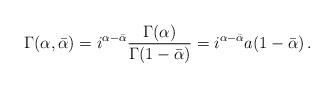
LaTeX: \begin{align*}\Gamma(\alpha,\bar\alpha)=i^{\alpha-\bar\alpha} \frac{\Gamma(\alpha)}{\Gamma(1-\bar\alpha)}=i^{\alpha-\bar\alpha} a(1-\bar \alpha)\,.\end{align*}